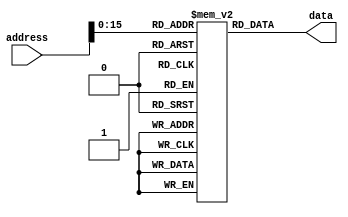

/*********************** INSTRUCTION MEMORY ******************
* memory block to store instructions
* 32 bit addresses of 32 bit word length
* ** only lower 16 bits address space implemented due to verilog
* constrains...
* ***************************************************************/

module instMemory (
    input [31:0] address,
    output [31:0] data
);

reg [31:0] store [16'hffff:0];

assign data = store[address];
endmodule


/*** testModule ***
`timescale 10ns/1ns
module test;

reg [31:0] addr;
wire [31:0] dat;
instMemory DUT (addr, dat);

initial begin
    DUT.store[32'h0] = 32'ha;
    DUT.store[32'haa] = 32'haa;
    #2 addr <= 32'ha;
    #2 addr <= 32'h0;
    #2 addr <= 32'haa;
    #4 $finish;
end

initial begin
    $dumpfile("vars.vcd");
    $dumpvars(0, DUT);
end
    
endmodule

***/